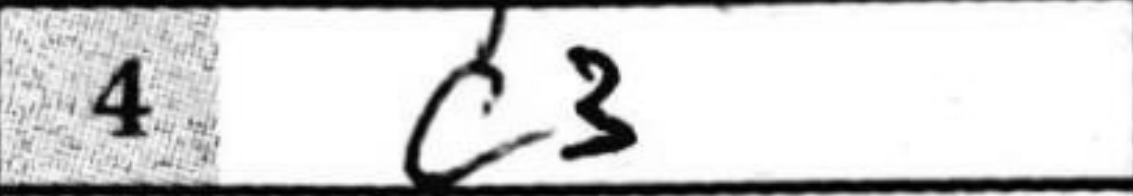
Transcription: c3